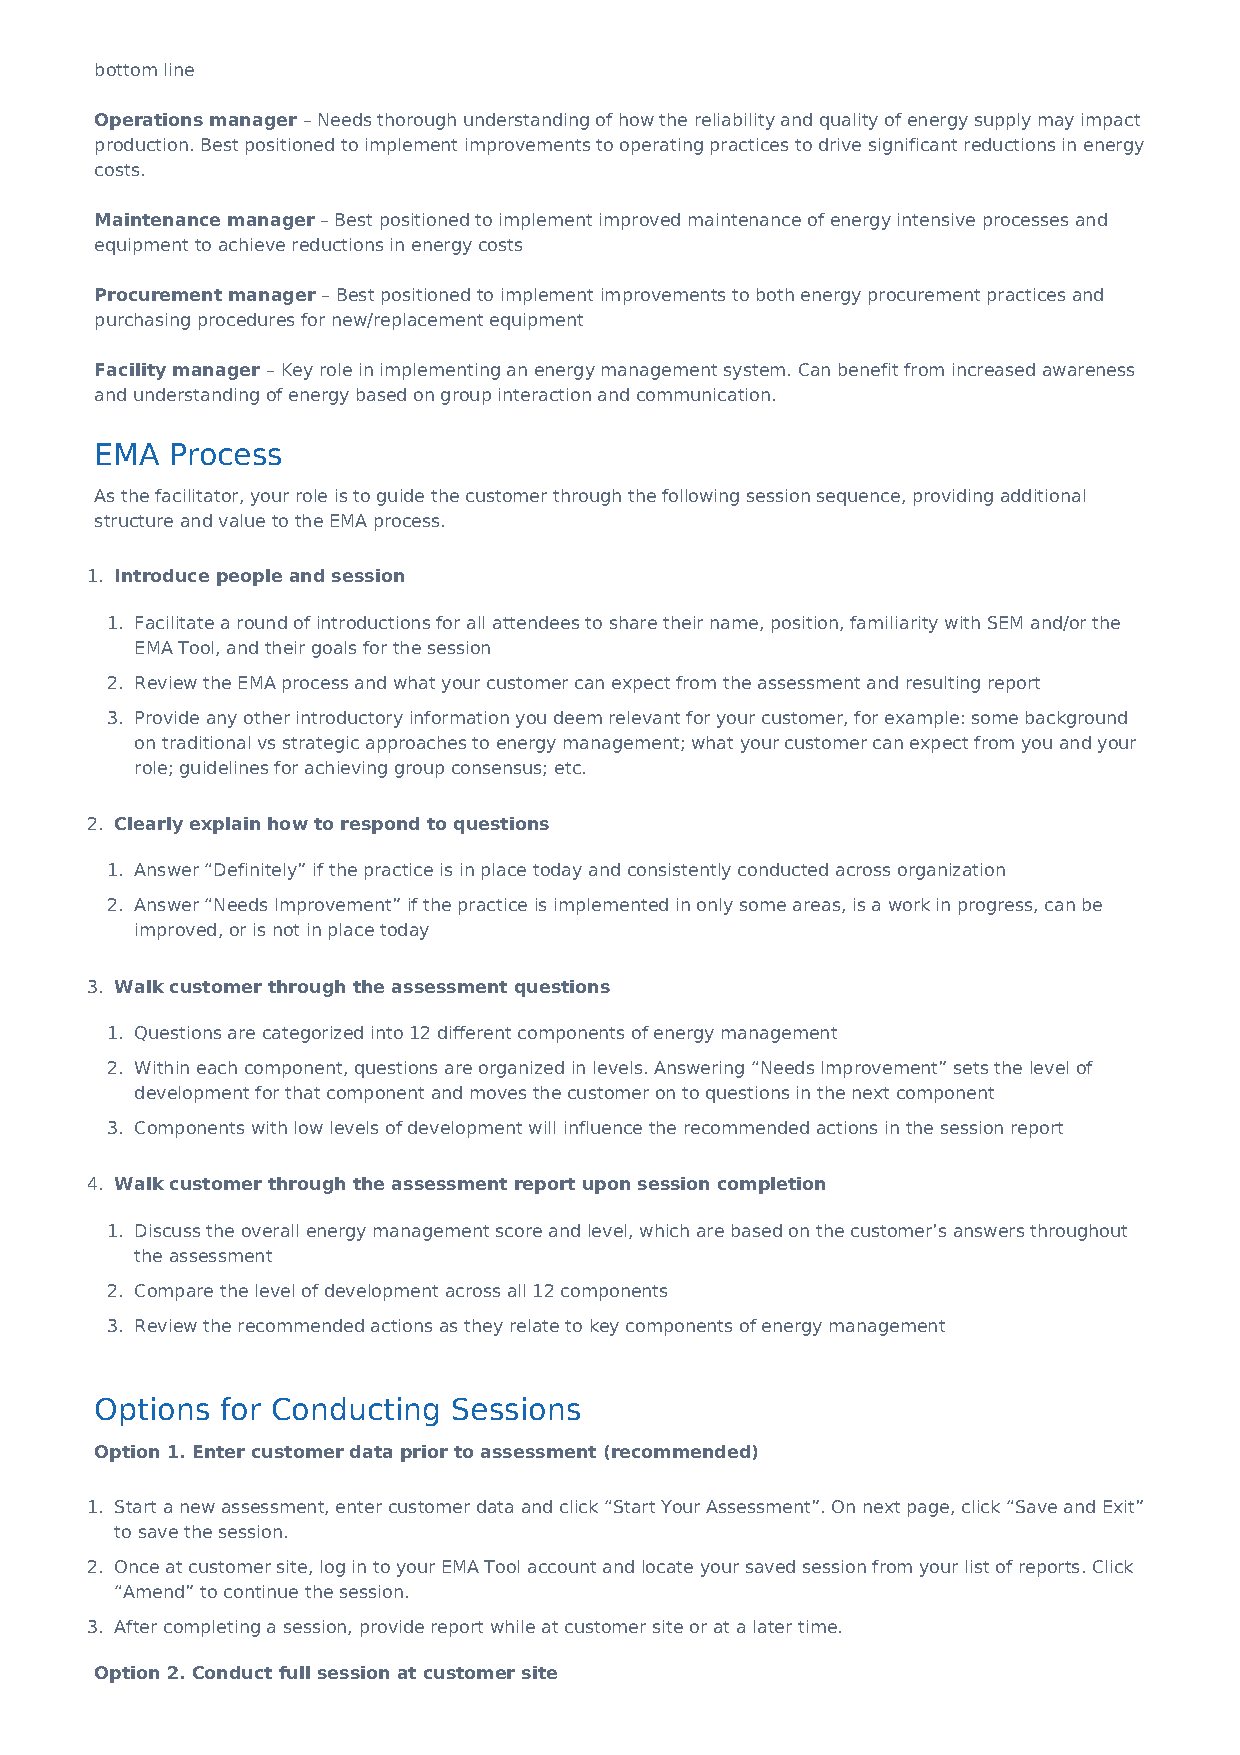
bottom line
 Operations manager – Needs thorough understanding of how the reliability and quality of energy supply may impact
 production. Best positioned to implement improvements to operating practices to drive significant reductions in energy
 costs.
 Maintenance manager – Best positioned to implement improved maintenance of energy intensive processes and
 equipment to achieve reductions in energy costs
 Procurement manager – Best positioned to implement improvements to both energy procurement practices and
 purchasing procedures for new/replacement equipment
 Facility manager – Key role in implementing an energy management system. Can benefit from increased awareness
 and understanding of energy based on group interaction and communication.
 EMA  Process
 As the facilitator, your role is to guide the customer through the following session sequence, providing additional
 structure and value to the EMA process.
 1. Introduce people and session
 1. Facilitate a round of introductions for all attendees to share their name, position, familiarity with SEM and/or the
 EMA Tool, and their goals for the session
 2. Review the EMA process and what your customer can expect from the assessment and resulting report
 3. Provide any other introductory information you deem relevant for your customer, for example: some background
 on traditional vs strategic approaches to energy management; what your customer can expect from you and your
 role; guidelines for achieving group consensus; etc.
 2. Clearly explain how to respond to questions
 1. Answer “Definitely” if the practice is in place today and consistently conducted across organization
 2. Answer “Needs Improvement” if the practice is implemented in only some areas, is a work in progress, can be
 improved, or is not in place today
 3. Walk customer through the assessment questions
 1. Questions are categorized into 12 different components of energy management
 2. Within each component, questions are organized in levels. Answering “Needs Improvement” sets the level of
 development for that component and moves the customer on to questions in the next component
 3. Components with low levels of development will influence the recommended actions in the session report
 4. Walk customer through the assessment report upon session completion
 1. Discuss the overall energy management score and level, which are based on the customer’s answers throughout
 the assessment
 2. Compare the level of development across all 12 components
 3. Review the recommended actions as they relate to key components of energy management
 Options  for Conducting Sessions
 Option 1. Enter customer data prior to assessment (recommended)
 1. Start a new assessment, enter customer data and click “Start Your Assessment”. On next page, click “Save and Exit”
 to save the session.
 2. Once at customer site, log in to your EMA Tool account and locate your saved session from your list of reports. Click
 “Amend” to continue the session.
 3. After completing a session, provide report while at customer site or at a later time.
 Option 2. Conduct full session at customer site